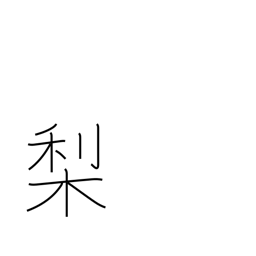
Meaning: pear tree